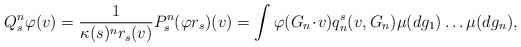
\begin{align*}Q_s^n\varphi(v)= \frac{1}{\kappa(s)^n r_{s}(v)} P_s^n(\varphi r_{s})(v)= \int \varphi(G_n \!\cdot\! v) q_{n}^{s}(v, G_n) \mu(dg_1)\ldots \mu(dg_n),\end{align*}